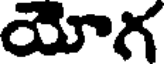
యోగ